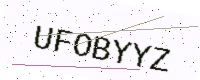
Text: UFOBYYZ